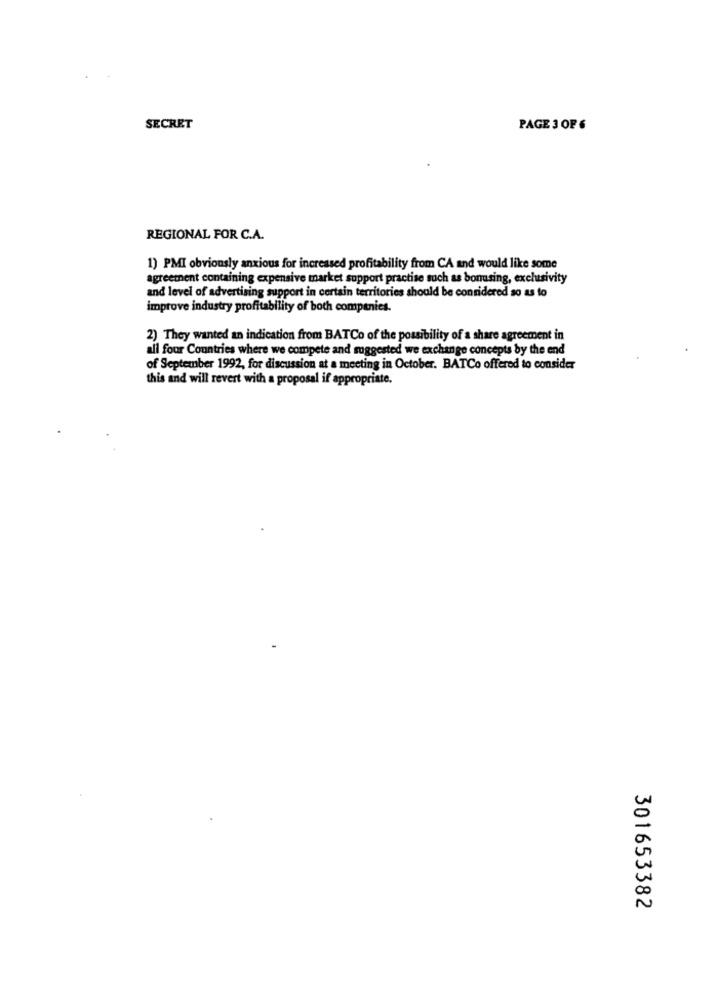
SECRET
PAGE 3 OF 6
REGIONAL FOR C.A.
1) PMI obviously anxious for increased profitability from CA and would like some
agreement containing expensive market support practise such as bonusing, exclusivity
and level of advertising support in certain territories should be considered so as to
improve industry profitability of both companies.
2) They wanted an indication from BATCo of the possibility of a share agreement in
all four Countries where we compete and suggested we exchange concepts by the end
of September 1992, for discussion at a meeting in October. BATCo offered to consider
this and will revert with a proposal if appropriate.
301653382